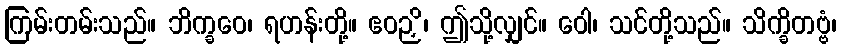
ကြမ်းတမ်းသည်။ ဘိက္ခဝေ၊ ရဟန်းတို့။ ဧဝဉှိ၊ ဤသို့လျှင်။ ဝေါ၊ သင်တို့သည်။ သိက္ခိတဗ္ဗံ၊